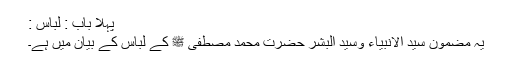
پہلا باب : لباس :
یہ مضمون سید الانبیاء وسید البشر حضرت محمد مصطفی ﷺ کے لباس کے بیان میں ہے۔